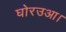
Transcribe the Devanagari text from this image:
घोरउआ।